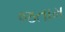
જતામ